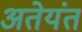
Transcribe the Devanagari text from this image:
अतेयंत